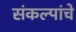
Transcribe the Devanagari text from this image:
संकल्पांचे